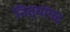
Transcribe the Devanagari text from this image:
नित्यांनद